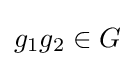
g_{1}g_{2}\in G